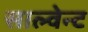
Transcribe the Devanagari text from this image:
साल्वेन्ट